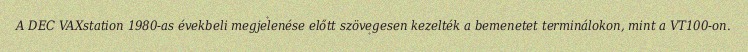
A DEC VAXstation 1980-as évekbeli megjelenése előtt szövegesen kezelték a bemenetet terminálokon, mint a VT100-on.